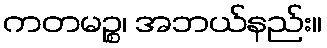
ကတမဉ္စ၊ အဘယ်နည်း။